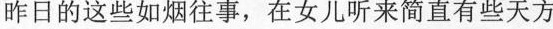
昨日的这些如烟往事，在女儿听来简直有些天方